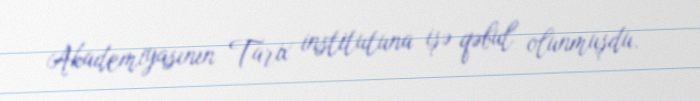
Akademiyasının Tarix institutuna işə qəbul olunmuşdu.